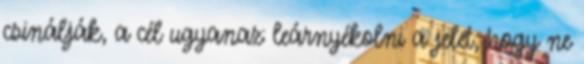
csinálják, a cél ugyanaz: leárnyékolni a jelet, hogy ne